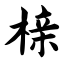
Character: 榇